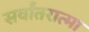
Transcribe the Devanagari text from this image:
सर्वांतरात्मा